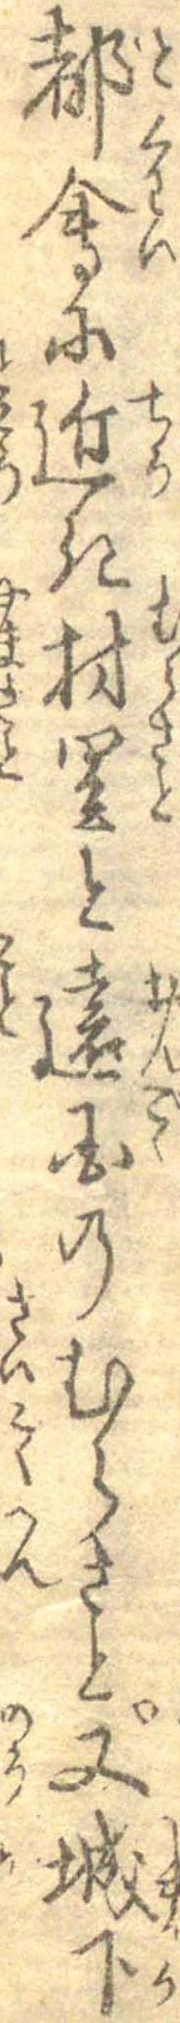
都会に近き村里と遠国のむらさと又城下